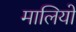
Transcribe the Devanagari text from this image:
मालियो